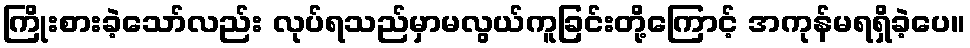
ကြိုးစားခဲ့သော်လည်း လုပ်ရသည်မှာမလွယ်ကူခြင်းတို့ကြောင့် အကုန်မရရှိခဲ့ပေ။